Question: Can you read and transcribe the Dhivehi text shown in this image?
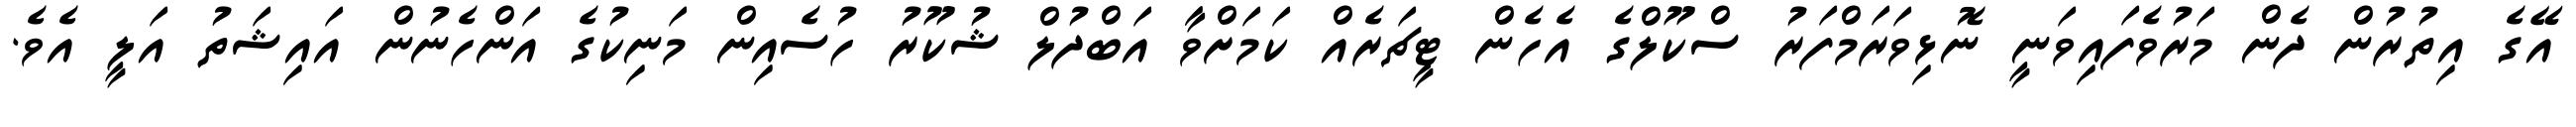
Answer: އޭގެ އިތުރުން ދެން މަރުވެފައިވަނީ ނޮޅިވަރަމްފަރު ސްކޫލްގެ އެހެން ޓީޗަރެއް ކަމަށްވާ އަބްދުލް ޝުކޫރު ހުސެއިން މަނިކުގެ އަންހެނުން އައިޝަތު އަލީ އެވެ.